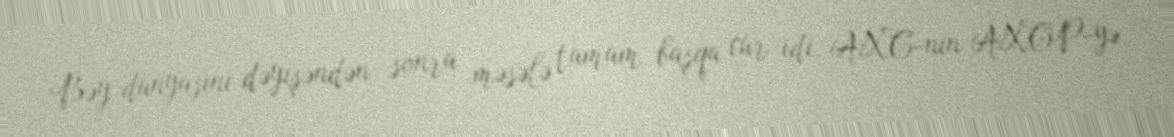
Bəy dünyasını dəyişəndən sonra məsələ tamam başqa cür idi. AXC-nin AXCP-yə